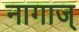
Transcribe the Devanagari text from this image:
नागाज्